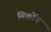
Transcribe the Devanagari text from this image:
मिकोंग